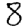
Digit: 8